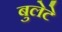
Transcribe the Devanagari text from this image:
बुलेटे